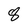
Character: 8